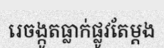
រេចង្កូតធ្លាក់ផ្លូវតែម្តង